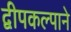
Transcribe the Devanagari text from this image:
द्वीपकल्पाने